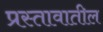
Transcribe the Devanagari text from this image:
प्रस्तावातील